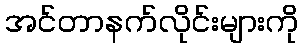
အင်တာနက်လိုင်းများကို